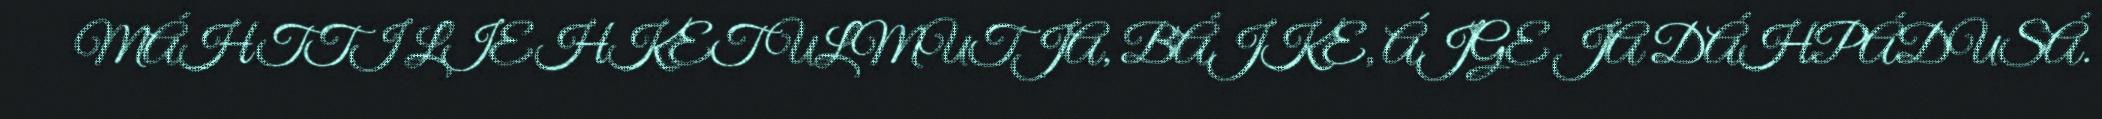
MÁHTTI LIEHKET ULMUTJA, BÁJKE, ÁJGE JA DÁHPÁDUSÁ.